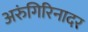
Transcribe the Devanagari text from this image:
अरुंगिरिनादर